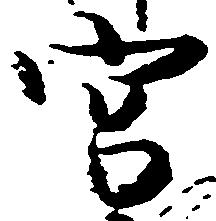
宮